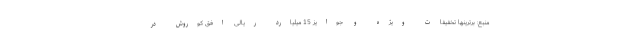
منبع: برترینها تخفیفات ویژه و جوایز 15 میلیارد ریالی افق کوروش در